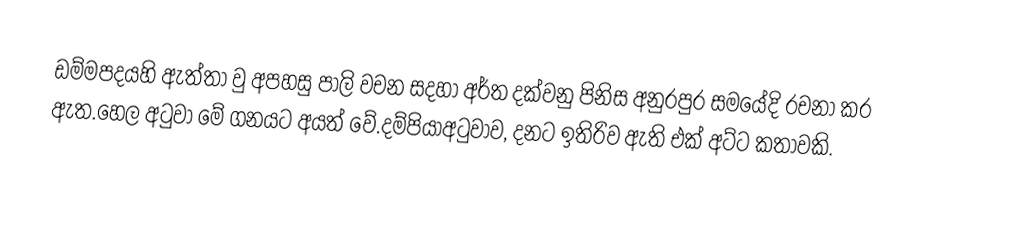
ඩම්මපදයහි ඇත්තා වු අපහසු පාලි වචන සදහා අර්ත දක්වනු පිනිස අනුරපුර සමයේදි රචනා කර ඇත.හෙල අටුවා මේ ගනයට අයත් වේ.දම්පියාඅටුවාව, දනට ඉතිරිව ඇති එක් අට්ට කතාවකි.